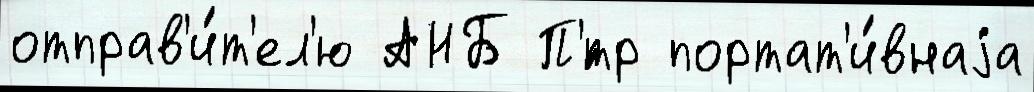
отправ'и́т'ел'ю АНБ П'́тр портат'и́внаjа